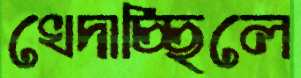
খেদাচ্ছিলে